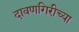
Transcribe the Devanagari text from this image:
दावणगिरीच्या